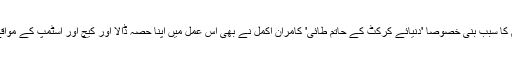
کچھ پاکستانی فیلڈرز کی فیاضی بھی اس شراکت کے قیام کا سبب بنی خصوصاً 'دنیائے کرکٹ کے حاتم طائی' کامران اکمل نے بھی اس عمل میں اپنا حصہ ڈالا اور کیچ اور اسٹمپ کے مواقع ضایع کر کے جنوبی افریقہ کو ایک اچھا آغاز فراہم کیا۔